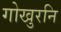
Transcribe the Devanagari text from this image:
गोखुरनि